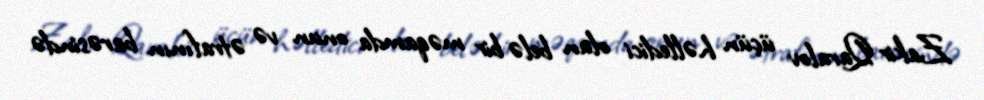
Zakir Qaralov üçün həlledici olan belə bir məqamda onun və ətrafının barəsində